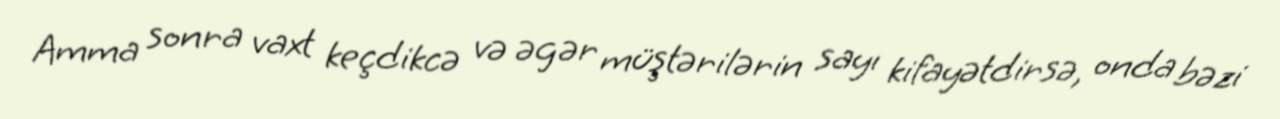
Amma sonra vaxt keçdikcə və əgər müştərilərin sayı kifayətdirsə, onda bəzi